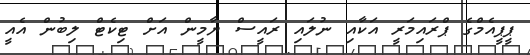
ޕީޕީއެމްގެ ޕްރައިމަރީ އަކާއި ނުލައި ރައީސް ޔާމީން އަށް ޓިކެޓް ލިބުން އެެއީ